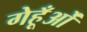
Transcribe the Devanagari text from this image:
गेहूँओं